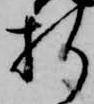
折